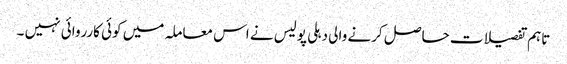
تاہم تفصیلات حاصل کرنے والی دہلی پولیس نے اس معاملہ میں کوئی کارروائی نہیں ۔